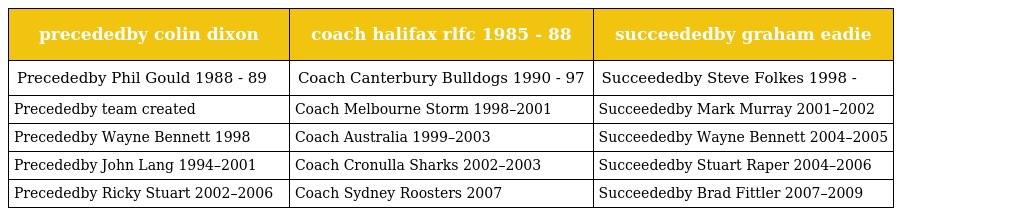
| precededby colin dixon | coach halifax rlfc 1985 ‐ 88 | succeededby graham eadie |
 | --- | --- | --- |
 | Precededby Phil Gould 1988 ‐ 89 | Coach Canterbury Bulldogs 1990 ‐ 97 | Succeededby Steve Folkes 1998 ‐ |
 | Precededby team created | Coach Melbourne Storm 1998–2001 | Succeededby Mark Murray 2001–2002 |
 | Precededby Wayne Bennett 1998 | Coach Australia 1999–2003 | Succeededby Wayne Bennett 2004–2005 |
 | Precededby John Lang 1994–2001 | Coach Cronulla Sharks 2002–2003 | Succeededby Stuart Raper 2004–2006 |
 | Precededby Ricky Stuart 2002–2006 | Coach Sydney Roosters 2007 | Succeededby Brad Fittler 2007–2009 |